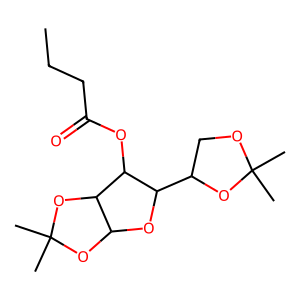
SMILES: CCCC(=O)OC1C(C2COC(C)(C)O2)OC2OC(C)(C)OC21
Inhibits HIV replication: No